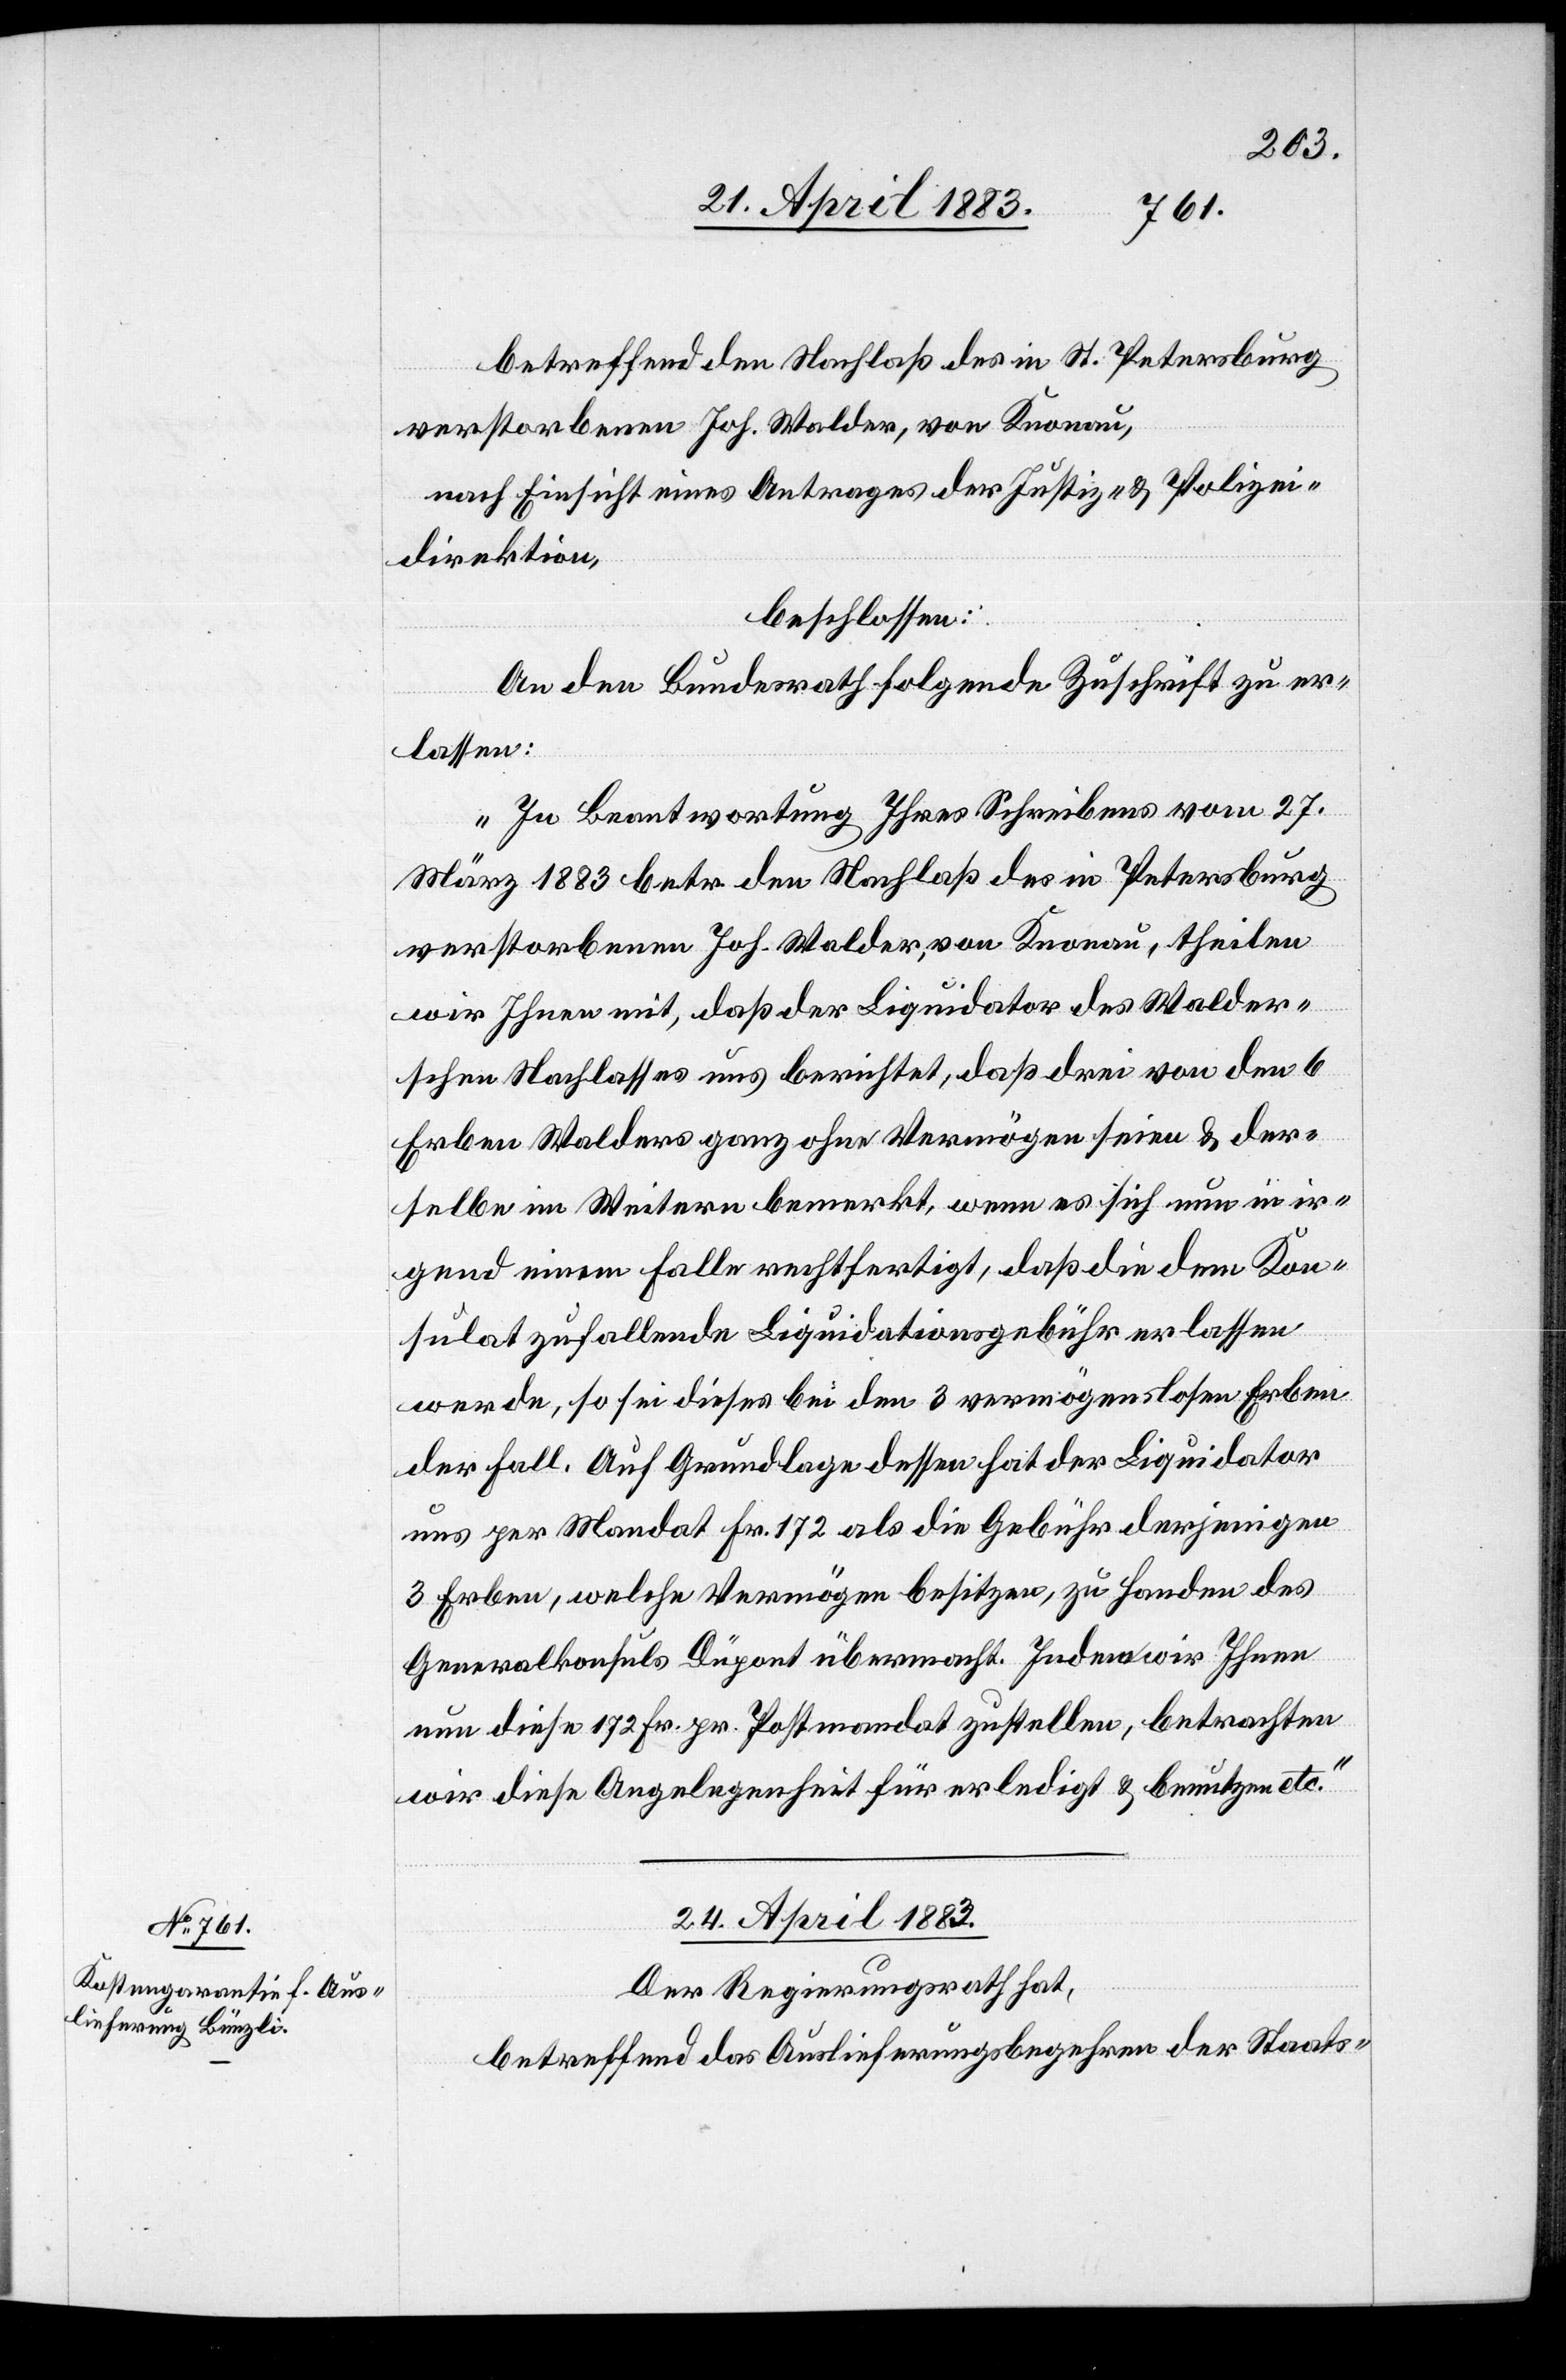
betreffend den Nachlaß des in St. Petersburg
verstorbenen Joh. Walder, von Knonau,
nach Einsicht eines Antrages der Justiz- & Polizei¬
direktion,
beschlossen:
An den Bundesrath folgende Zuschrift zu er¬
lassen:
„In Beantwortung Ihres Schreibens vom 27.
März 1883 betr. den Nachlaß des in Petersburg
verstorbenen Joh. Walder, von Knonau, theilen
wir Ihnen mit, daß der Liquidator des Walder¬
schen Nachlasses uns berichtet, daß drei von den 6
Erben Walders ganz ohne Vermögen seien & der¬
selbe im Weitern bemerkt, wenn es sich in ir¬
gend einem Falle rechtfertigt, daß die dem Kon¬
sulat zufallende Liquidationsgebühr erlassen
werde, so sei dieses bei den 3 vermögenslosen Erben
der Fall. Auf Grundlage dessen hat der Liquidator
uns per Mandat Fr. 172 als die Gebühr derjenigen
3 Erben, welche Vermögen besitzen, zu Handen des
Generalkonsuls Dupont übermacht. Indem wir Ihnen
nun diese 172 Fr. pr. Postmandat zustellen, betrachten
wir diese Angelegenheit für erledigt & benutzen etc.“
24. April 1883.
Der Regierungsrath hat,
betreffend das Auslieferungsbegehren der Staats-